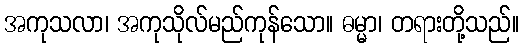
အကုသလာ၊ အကုသိုလ်မည်ကုန်သော။ ဓမ္မာ၊ တရားတို့သည်။